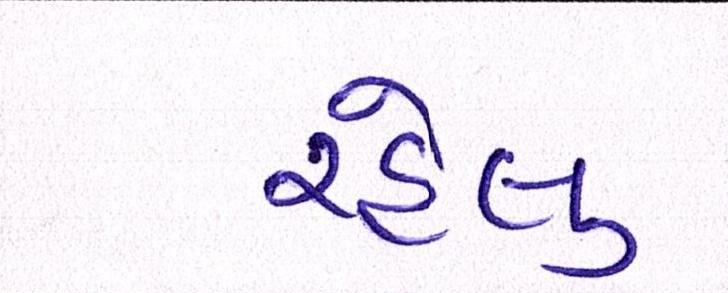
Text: રહેલુ